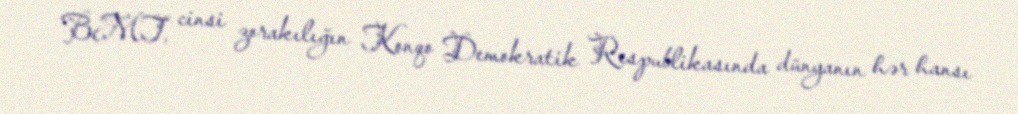
BMT, cinsi zorakılığın Konqo Demokratik Respublikasında dünyanın hər hansı